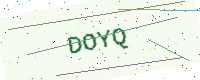
Text: DOYQ